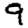
Digit: 9